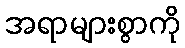
အရာများစွာကို